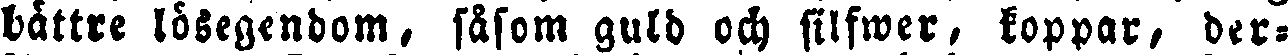
bättre lösegendom, såsom guld och silfwer, koppar, der-